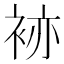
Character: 𧙡